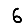
Digit: 6